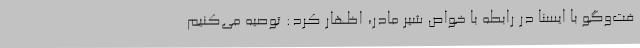
فت‌وگو با ایسنا در رابطه با خواص شیر مادر، اظهار کرد: توصیه می‌کنیم